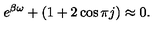
e ^ { \beta \omega } + ( 1 + 2 \cos \pi j ) \approx 0 .